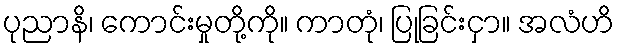
ပုညာနိ၊ ကောင်းမှုတို့ကို။ ကာတုံ၊ ပြုခြင်းငှာ။ အလံဟိ